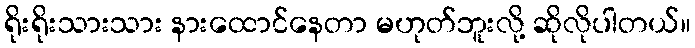
ရိုးရိုးသားသား နားထောင်နေတာ မဟုတ်ဘူးလို့ ဆိုလိုပါတယ်။